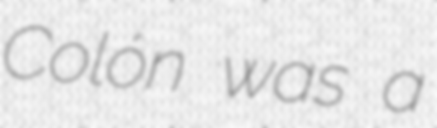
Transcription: Colón was a